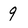
Character: 9